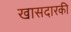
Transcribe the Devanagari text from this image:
खासदारकी